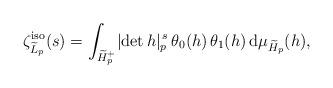
LaTeX: \begin{align*} \zeta_{\widetilde{L}_p}^\mathrm{iso}(s) = \int_{\widetilde{H}_p^+} \lvert \det h \rvert_p^{\, s} \, \theta_0(h) \, \theta_1(h) \, \mathrm{d}\mu_{\widetilde{H}_p}(h),\end{align*}